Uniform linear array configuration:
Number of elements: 12
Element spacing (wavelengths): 0.25
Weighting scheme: hamming
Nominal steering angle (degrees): -45
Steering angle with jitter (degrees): -45.993
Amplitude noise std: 0.05
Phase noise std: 0.05

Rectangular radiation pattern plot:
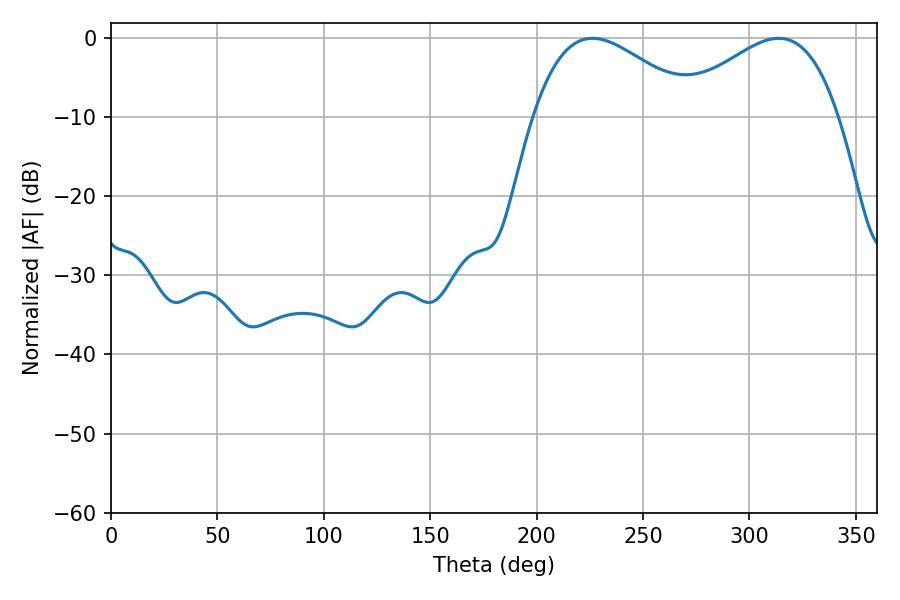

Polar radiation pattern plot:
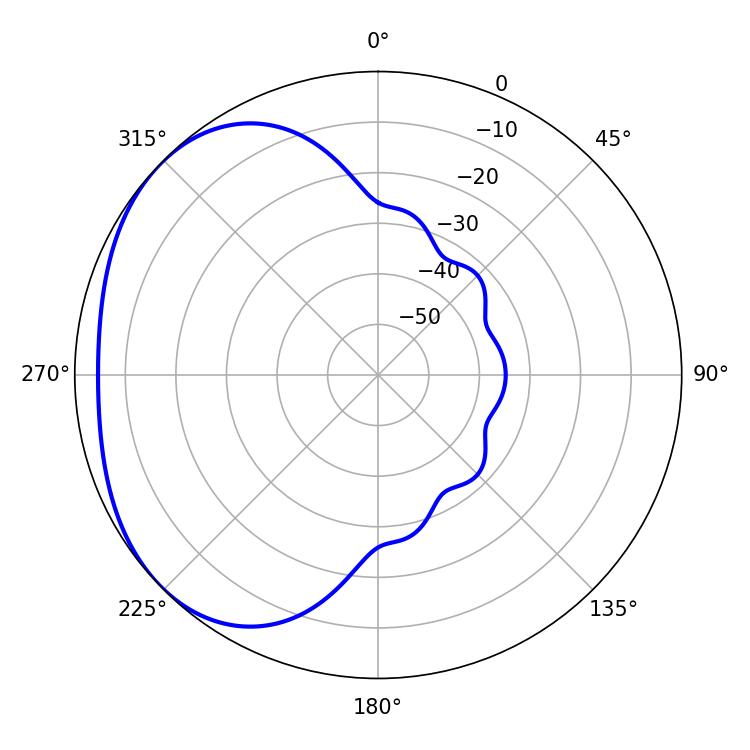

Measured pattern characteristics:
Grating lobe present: FALSE
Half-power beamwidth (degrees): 41.76
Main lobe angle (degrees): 226.26